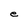
Character: e